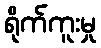
ရိုက်ကူးမှု